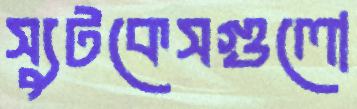
স্যুটকেসগুলো